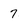
Character: 7